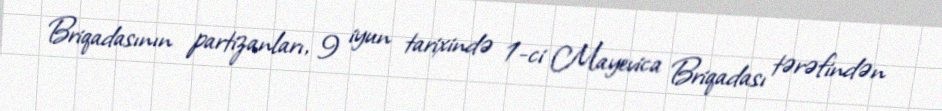
Briqadasının partizanları, 9 iyun tarixində 1-ci Mayevica Briqadası tərəfindən